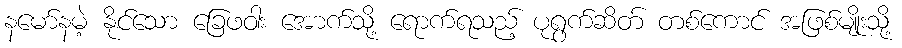
နမော်နမဲ့ နိုင်သော ခြေဖဝါး အောက်သို့ ရောက်ရသည့် ပုရွက်ဆိတ် တစ်ကောင် အဖြစ်မျိုးသို့